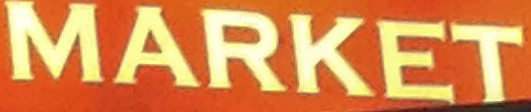
MARKET